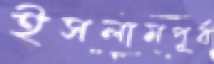
ইসলামপূর্ব